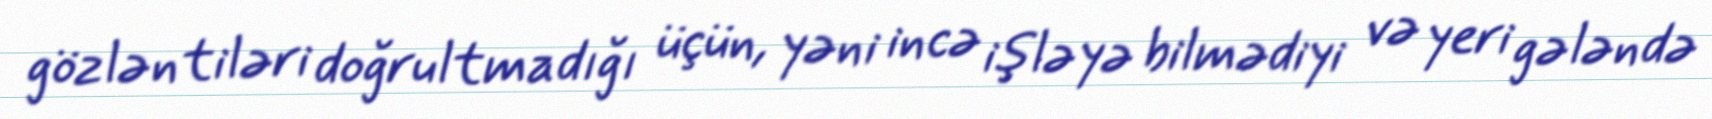
gözləntiləri doğrultmadığı üçün, yəni incə işləyə bilmədiyi və yeri gələndə